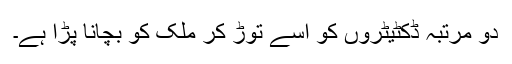
دو مرتبہ ڈکٹیٹروں کو اسے توڑ کر ملک کو بچانا پڑا ہے۔